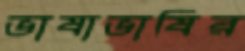
ভাষাভাষির